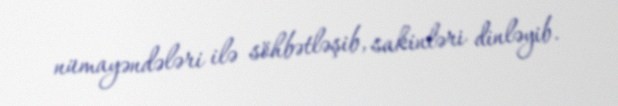
nümayəndələri ilə söhbətləşib, sakinləri dinləyib.